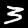
Label: 3